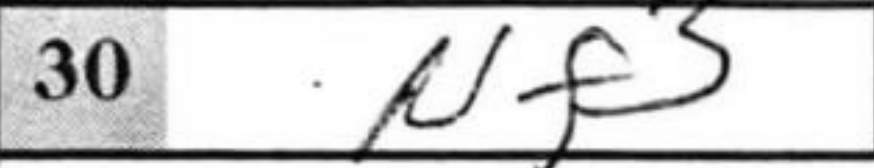
Transcription: Nf3